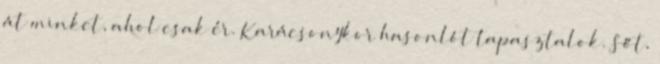
át minket, ahol csak ér. Karácsonykor hasonlót tapasztalok. Sőt,